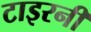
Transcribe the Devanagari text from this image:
टाइरनी